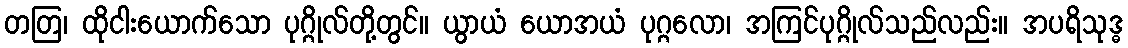
တတြ၊ ထိုငါးယောက်သော ပုဂ္ဂိုလ်တို့တွင်။ ယွာယံ ယောအယံ ပုဂ္ဂလော၊ အကြင်ပုဂ္ဂိုလ်သည်လည်း။ အပရိသုဒ္ဓ